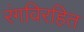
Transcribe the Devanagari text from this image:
रंगविरहित